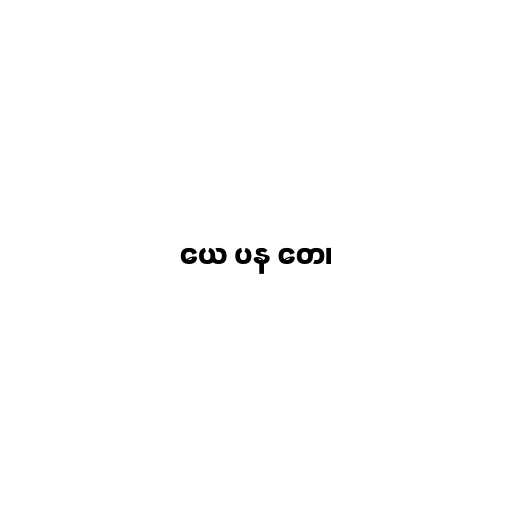
ယေ ပန တေ၊